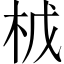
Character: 𭩤